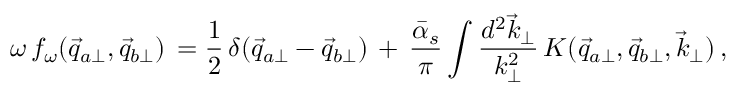
\omega \, f _ { \omega } ( \vec { q } _ { a \perp } , \vec { q } _ { b \perp } ) \, = { \frac { 1 } { 2 } } \, \delta ( \vec { q } _ { a \perp } - \vec { q } _ { b \perp } ) \, + \, { \frac { \bar { \alpha } _ { s } } { \pi } } \int { \frac { d ^ { 2 } \vec { k } _ { \perp } } { k _ { \perp } ^ { 2 } } } \, K ( \vec { q } _ { a \perp } , \vec { q } _ { b \perp } , \vec { k } _ { \perp } ) \, ,